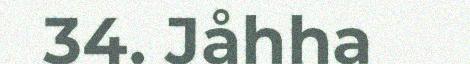
34. Jåhha